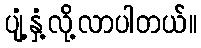
ပျံ့နှံ့လို့လာပါတယ်။